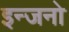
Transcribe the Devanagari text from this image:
इन्जनो